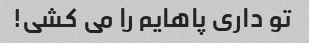
تو داری پاهایم را می کشی!